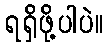
ရရှိဖို့ပါပဲ။